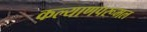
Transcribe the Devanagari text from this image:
कल्याणपरूमल